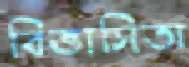
বিভাসিতা